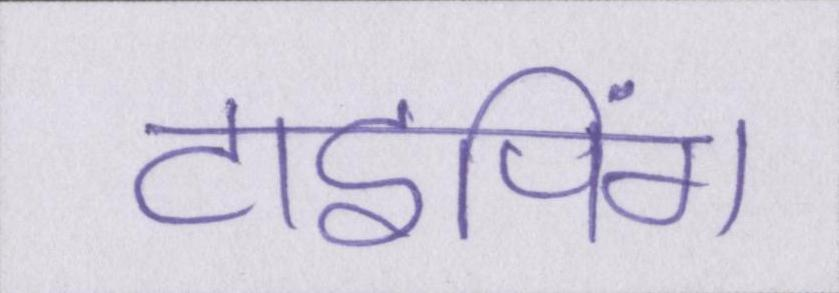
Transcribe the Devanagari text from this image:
टाइपिंग